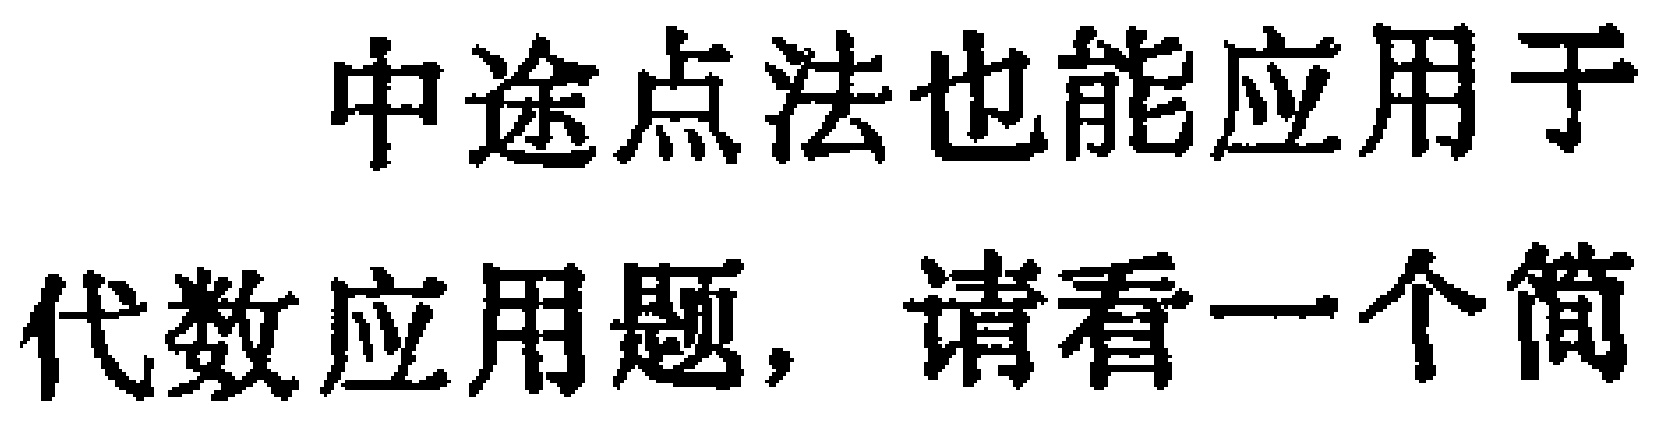
中途点法也能应用于代数应用题，请看一个简